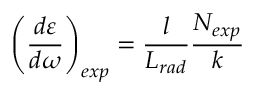
\left( \frac { d \varepsilon } { d \omega } \right) _ { e x p } = \frac { l } { L _ { r a d } } \frac { N _ { e x p } } { k }